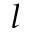
l